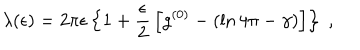
\lambda ( \epsilon ) = 2 \pi \epsilon \left\{ 1 + \frac { \epsilon } { 2 } \, \left[ g ^ { ( 0 ) } - \left( \ln 4 \pi - \gamma \right) \right] \right\} \; ,